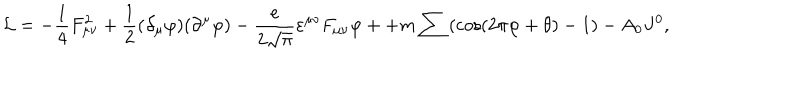
{ \cal L } = - \frac { 1 } { 4 } F _ { \mu \nu } ^ { 2 } + \frac { 1 } { 2 } ( \partial _ { \mu } \varphi ) ( \partial ^ { \mu } \varphi ) - \frac { e } { { 2 \sqrt \pi } } \varepsilon ^ { \mu \nu } F _ { \mu \nu } \varphi + + m \sum \left( { \cos \left( { 2 \pi \varphi + \theta } \right) - 1 } \right) - A _ { 0 } J ^ { 0 } ,